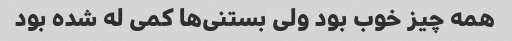
همه چیز خوب بود ولی بستنی‌ها کمی له شده بود